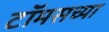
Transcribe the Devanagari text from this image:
टॉमसच्या